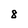
Character: 8